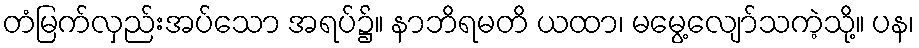
တံမြက်လှည်းအပ်သော အရပ်၌။ နာဘိရမတိ ယထာ၊ မမွေ့လျော်သကဲ့သို့။ ပန၊